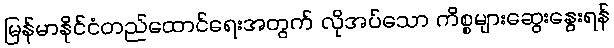
မြန်မာနိုင်ငံတည်ထောင်ရေးအတွက် လိုအပ်သော ကိစ္စများဆွေးနွေးရန်